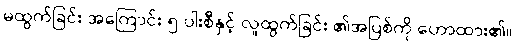
မထွက်ခြင်း အကြောင်း ၅-ပါးစီနှင့် လူထွက်ခြင်း ၏အပြစ်ကို ဟောထား၏။